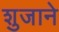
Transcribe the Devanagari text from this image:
शुजाने